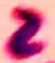
Text: 2